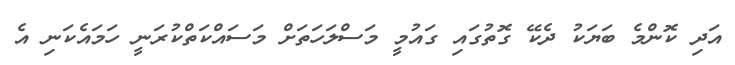
އަދި ކޮންމެ ބަޔަކު ދެކޭ ގޮތުގައި ގައުމީ މަސްލަހަތަށް މަސައްކަތްކުރަނީ ހަމައެކަނި އެ